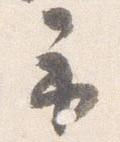
示